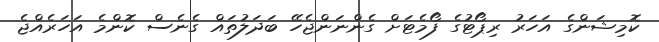
ކޮމިޝަންގެ އަހަރު ރިޕޯޓުގެ ފޯމެޓަށް ގެންނަންޖެހޭ ބަދަލުތައް ގެނެސް ކޮންމެ އަހަރެއްޖެ